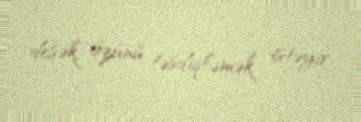
desək, özünü təsdiqləmək istəyir.